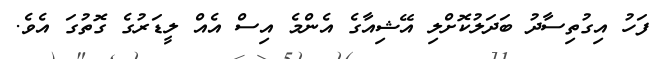
ފަހު އިގުތިސާދު ބަދަލުކޮށްލި އޭޝިއާގެ އެންމެ އިސް އެއް ލީޑަރުގެ ގޮތުގަ އެވެ.